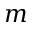
m